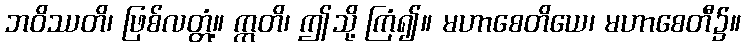
ဘဝိဿတိ၊ ဖြစ်လတ္တံ့။ ဣတိ၊ ဤသို့ ကြံ၍။ မဟာစေတိယေ၊ မဟာစေတီ၌။